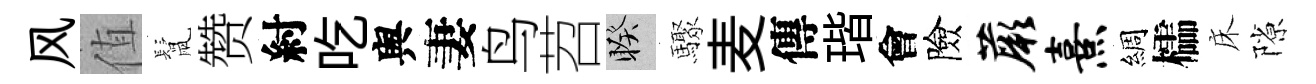
风值鬛赞紂吃舆妻鸟苕睽驟麦傳瑎會險蕨熹綢櫺床隙